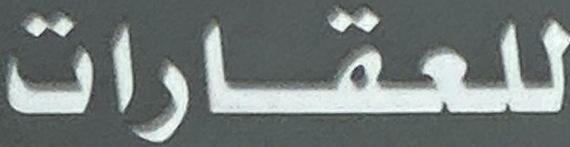
للعقارات